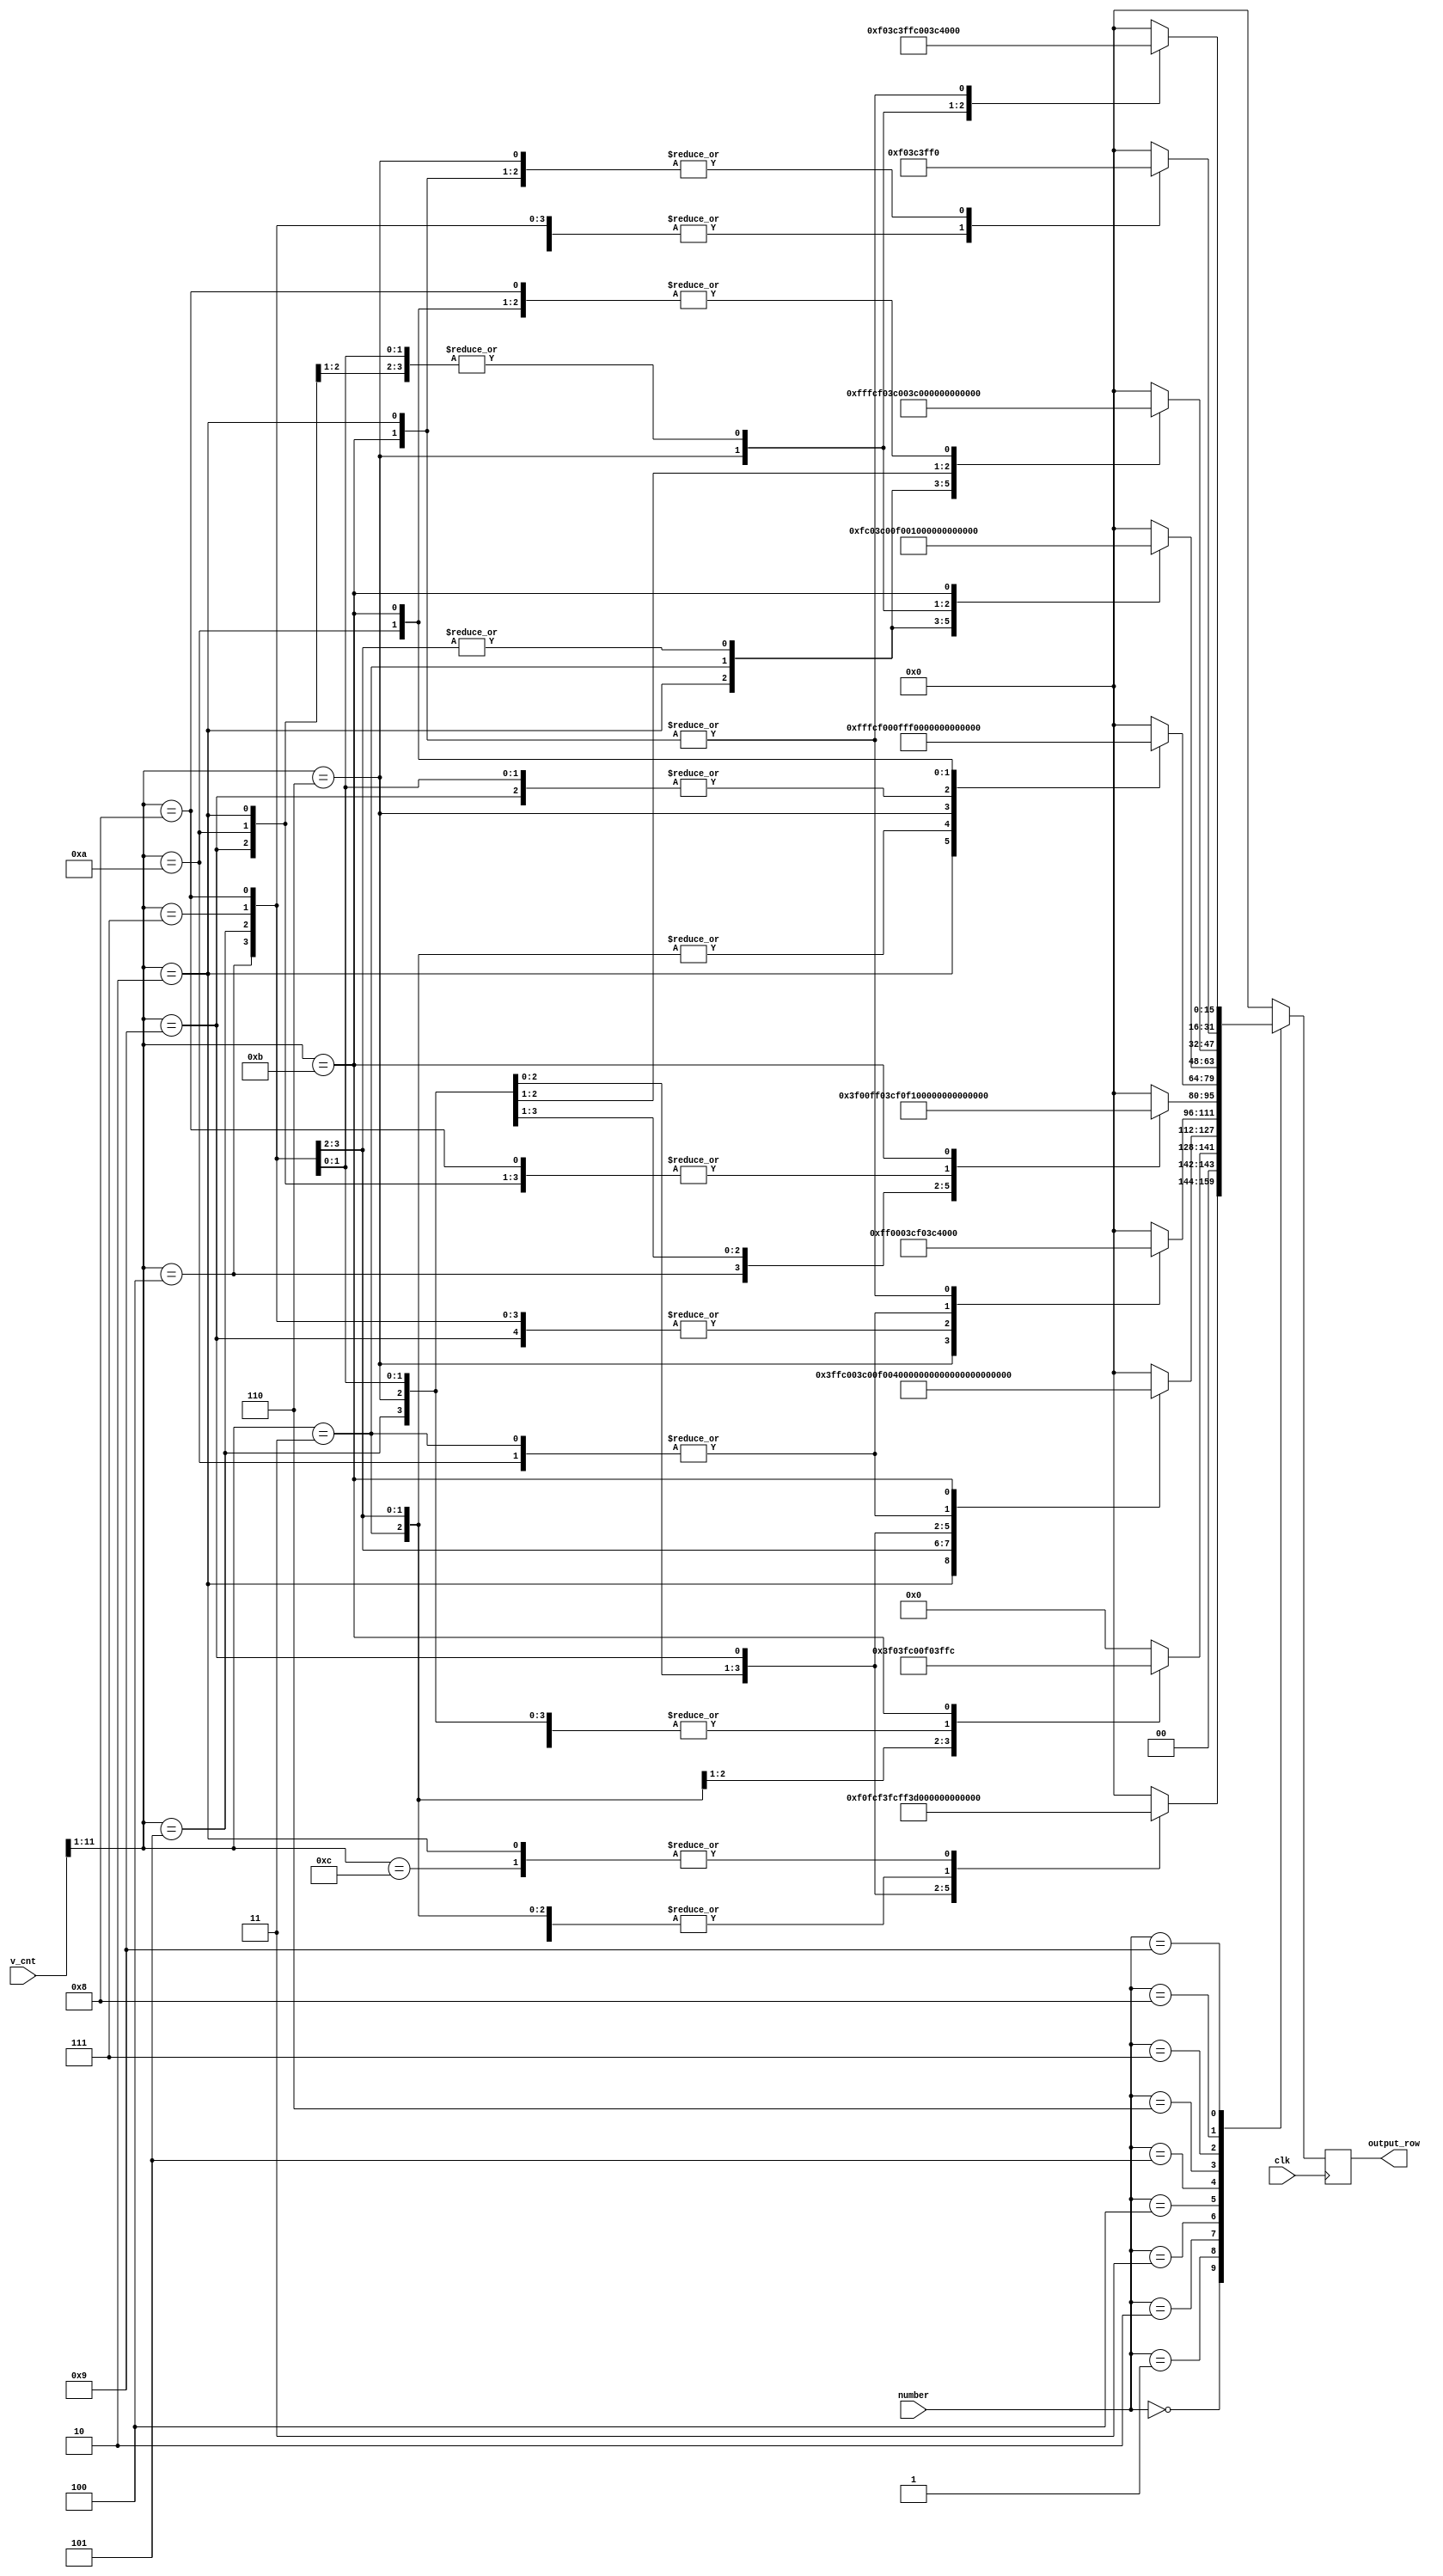
module font_rom(
    input wire clk,
    input wire[3:0] number,
    input wire[11:0] v_cnt,
    output reg[15:0] output_row
);

always @ (posedge clk) begin
    case (number)
        4'b0000: begin
            casex (v_cnt)
                5'b0000x | 5'b0001x : output_row <= 16'h0000;
                5'b0010x : output_row <= 16'b0011111111110000;
                5'b0011x : output_row <= 16'b1111000000111100;
                5'b0100x : output_row <= 16'b1111000000111100;
                5'b0101x : output_row <= 16'b1111000000111100;
                5'b0110x : output_row <= 16'b1111000011111100;
                5'b0111x : output_row <= 16'b1111001111111100;
                5'b1000x : output_row <= 16'b1111111100111100;
                5'b1001x : output_row <= 16'b1111110000111100;
                5'b1010x : output_row <= 16'b1111000000111100;
                5'b1011x : output_row <= 16'b1111000000111100;
                5'b1100x : output_row <= 16'b0011111111110000;
                default :  output_row <= 16'b0000000000000000;
            endcase
        end
        4'b0001: begin
            casex (v_cnt)
                5'b0000x | 5'b0001x : output_row <= 16'h0000;
                5'b0010x : output_row <= 16'b0000001111000000;
                5'b0011x : output_row <= 16'b0000111111000000;
                5'b0100x : output_row <= 16'b0011111111000000;
                5'b0101x : output_row <= 16'b0000001111000000;
                5'b0110x : output_row <= 16'b0000001111000000;
                5'b0111x : output_row <= 16'b0000001111000000;
                5'b1000x : output_row <= 16'b0000001111000000;
                5'b1001x : output_row <= 16'b0000001111000000;
                5'b1010x : output_row <= 16'b0000001111000000;
                5'b1011x : output_row <= 16'b0011111111111100;
                default  : output_row <= 16'b0000000000000000;
            endcase
        end
        4'b0010: begin
            casex (v_cnt)
                5'b0000x | 5'b0001x : output_row <= 16'h0000;
                5'b0010x : output_row <= 16'b0011111111111100;
                5'b0011x : output_row <= 16'b1111000000111100;
                5'b0100x : output_row <= 16'b0000000000111100;
                5'b0101x : output_row <= 16'b0000000011110000;
                5'b0110x : output_row <= 16'b0000001111000000;
                5'b0111x : output_row <= 16'b0000111100000000;
                5'b1000x : output_row <= 16'b0011110000000000;
                5'b1001x : output_row <= 16'b1111000000000000;
                5'b1010x : output_row <= 16'b1111000000111100;
                5'b1011x : output_row <= 16'b1111111111111100;
                default  : output_row <= 16'b0000000000000000;
            endcase
        end
        4'b0011: begin
            casex (v_cnt)
                5'b0000x | 5'b0001x : output_row <= 16'h0000;
                5'b0010x : output_row <= 16'b0011111111110000;
                5'b0011x : output_row <= 16'b1111000000111100;
                5'b0100x : output_row <= 16'b0000000000111100;
                5'b0101x : output_row <= 16'b0000000000111100;
                5'b0110x : output_row <= 16'b0000111111110000;
                5'b0111x : output_row <= 16'b0000000000111100;
                5'b1000x : output_row <= 16'b0000000000111100;
                5'b1001x : output_row <= 16'b0000000000111100;
                5'b1010x : output_row <= 16'b1111000000111100;
                5'b1011x : output_row <= 16'b0011111111110000;
                default  : output_row <= 16'b0000000000000000;
            endcase
        end
        4'b0100: begin
            casex (v_cnt)
                5'b0000x | 5'b0001x : output_row <= 16'h0000;
                5'b0010x : output_row <= 16'b0000000011110000;
                5'b0011x : output_row <= 16'b0000001111110000;
                5'b0100x : output_row <= 16'b0000111111110000;
                5'b0101x : output_row <= 16'b0011110011110000;
                5'b0110x : output_row <= 16'b1111000011110000;
                5'b0111x : output_row <= 16'b1111111111111100;
                5'b1000x : output_row <= 16'b0000000011110000;
                5'b1001x : output_row <= 16'b0000000011110000;
                5'b1010x : output_row <= 16'b0000000011110000;
                5'b1011x : output_row <= 16'b0000001111111100;
                default  : output_row <= 16'b0000000000000000;
            endcase
        end
        4'b0101: begin
            casex (v_cnt)
                5'b0000x | 5'b0001x : output_row <= 16'h0000;
                5'b0010x : output_row <= 16'b1111111111111100;
                5'b0011x : output_row <= 16'b1111000000000000;
                5'b0100x : output_row <= 16'b1111000000000000;
                5'b0101x : output_row <= 16'b1111000000000000;
                5'b0110x : output_row <= 16'b1111111111110000;
                5'b0111x : output_row <= 16'b0000000000111100;
                5'b1000x : output_row <= 16'b0000000000111100;
                5'b1001x : output_row <= 16'b0000000000111100;
                5'b1010x : output_row <= 16'b1111000000111100;
                5'b1011x : output_row <= 16'b0011111111110000;
                default  : output_row <= 16'b0000000000000000;
            endcase
        end
        4'b0110: begin
            casex (v_cnt)
                5'b0000x | 5'b0001x : output_row <= 16'h0000;
                5'b0010x : output_row <= 16'b0000111111000000;
                5'b0011x : output_row <= 16'b0011110000000000;
                5'b0100x : output_row <= 16'b1111000000000000;
                5'b0101x : output_row <= 16'b1111000000000000;
                5'b0110x : output_row <= 16'b1111111111110000;
                5'b0111x : output_row <= 16'b1111000000111100;
                5'b1000x : output_row <= 16'b1111000000111100;
                5'b1001x : output_row <= 16'b1111000000111100;
                5'b1010x : output_row <= 16'b1111000000111100;
                5'b1011x : output_row <= 16'b0011111111110000;
                default  : output_row <= 16'b0000000000000000;
            endcase
        end
        4'b0111: begin
            casex (v_cnt)
                5'b0000x | 5'b0001x : output_row <= 16'h0000;
                5'b0010x : output_row <= 16'b1111111111111100;
                5'b0011x : output_row <= 16'b1111000000111100;
                5'b0100x : output_row <= 16'b0000000000111100;
                5'b0101x : output_row <= 16'b0000000000111100;
                5'b0110x : output_row <= 16'b0000000011110000;
                5'b0111x : output_row <= 16'b0000001111000000;
                5'b1000x : output_row <= 16'b0000111100000000;
                5'b1001x : output_row <= 16'b0000111100000000;
                5'b1010x : output_row <= 16'b0000111100000000;
                5'b1011x : output_row <= 16'b0000111100000000;
                default  : output_row <= 16'b0000000000000000;
            endcase
        end
        4'b1000: begin
            casex (v_cnt)
                5'b0000x | 5'b0001x : output_row <= 16'h0000;
                5'b0010x : output_row <= 16'b0011111111110000;
                5'b0011x : output_row <= 16'b1111000000111100;
                5'b0100x : output_row <= 16'b1111000000111100;
                5'b0101x : output_row <= 16'b1111000000111100;
                5'b0110x : output_row <= 16'b0011111111110000;
                5'b0111x : output_row <= 16'b1111000000111100;
                5'b1000x : output_row <= 16'b1111000000111100;
                5'b1001x : output_row <= 16'b1111000000111100;
                5'b1010x : output_row <= 16'b1111000000111100;
                5'b1011x : output_row <= 16'b0011111111110000;
                default  : output_row <= 16'b0000000000000000;
            endcase
        end
        4'b1001: begin
            casex (v_cnt)
                5'b0000x | 5'b0001x : output_row <= 16'h0000;
                5'b0010x : output_row <= 16'b0011111111110000;
                5'b0011x : output_row <= 16'b1111000000111100;
                5'b0100x : output_row <= 16'b1111000000111100;
                5'b0101x : output_row <= 16'b1111000000111100;
                5'b0110x : output_row <= 16'b0011111111111100;
                5'b0111x : output_row <= 16'b0000000000111100;
                5'b1000x : output_row <= 16'b0000000000111100;
                5'b1001x : output_row <= 16'b0000000000111100;
                5'b1010x : output_row <= 16'b0000000000111100;
                5'b1011x : output_row <= 16'b0011111111110000;
                default  : output_row <= 16'b0000000000000000;
            endcase
        end
        default: 
            output_row <= 16'h0000;
    endcase
end

endmodule